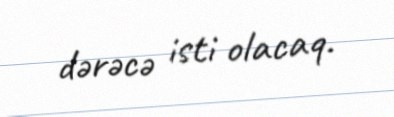
dərəcə isti olacaq.